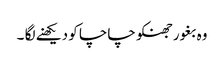
وہ بغور جھنکو چاچا کو دیکھنے لگا ۔